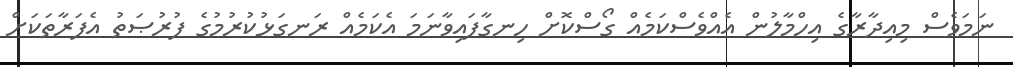
ނަމަވެސް މިއިދާރާގެ އިހްމާލުން އެއްވެސްކަމެއް ގޯސްކޮށް ހިނގާފައިވާނަމަ އެކަމެއް ރަނގަޅުކުރުމުގެ ފުރުޞަތު އެފަރާތަކަށް